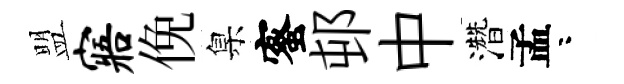
盟寤俛臬蜜邨中濳孟咯